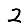
Digit: 2